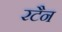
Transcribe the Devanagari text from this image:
रटैन